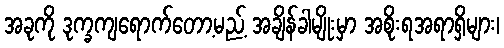
အခုကို ဒုက္ခကျရောက်တော့မည့် အချိန်ခါမျိုးမှာ အစိုးရအရာရှိများ၊